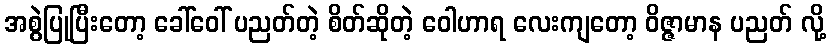
အစွဲပြုပြီးတော့ ခေါ်ဝေါ် ပညတ်တဲ့ စိတ်ဆိုတဲ့ ဝေါဟာရ လေးကျတော့ ဝိဇ္ဇာမာန ပညတ် လို့